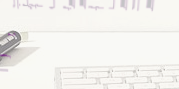
محلات الملابس الرجالية: ت